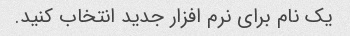
یک نام برای نرم افزار جدید انتخاب کنید.